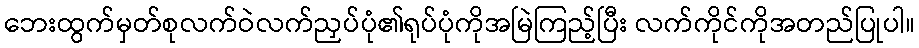
ဘေးထွက်မှတ်စုလက်ဝဲလက်ညှပ်ပုံ၏ရုပ်ပုံကိုအမြဲကြည့်ပြီး လက်ကိုင်ကိုအတည်ပြုပါ။